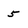
Character: 5